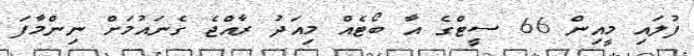
ފުލައި މީއިން 66 ސީޓްގެ އާ ބޯޓެއް މިއަދު ރާއްޖެ ގެނައުމަށް ނިންމާފަ